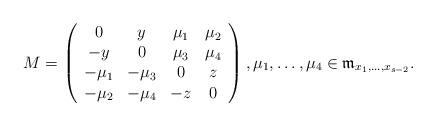
LaTeX: \begin{align*}M=\left( \begin{array} {cccc}0 & y & \mu_1 & \mu_2 \\-y & 0 & \mu_3 & \mu_4 \\-\mu_1 & -\mu_3 & 0 & z \\-\mu_2 & -\mu_4 & -z & 0 \end{array}\right), \mu_1, \dots, \mu_4 \in {\frak m}_{x_1,\dots,x_{s-2}}.\end{align*}